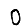
Digit: 0